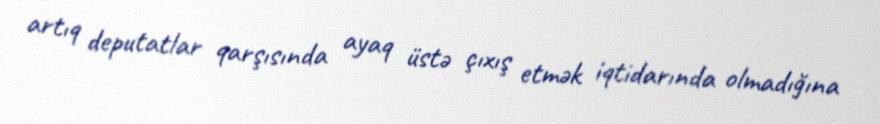
artıq deputatlar qarşısında ayaq üstə çıxış etmək iqtidarında olmadığına